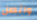
واتصل